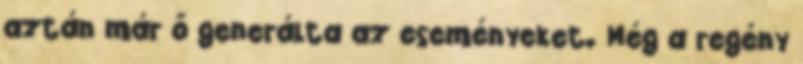
aztán már ő generálta az eseményeket. Még a regény